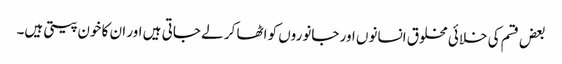
بعض قسم کی خلائی مخلوق انسانوں اور جانوروں کو اٹھا کر لے جاتی ہیں اور ان کا خون پیتی ہیں۔